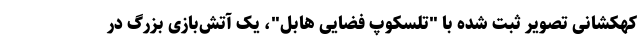
کهکشانی تصویر ثبت شده با "تلسکوپ فضایی هابل"، یک آتش‌بازی بزرگ در